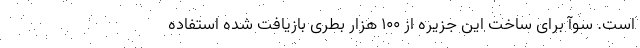
است. سوآ برای ساخت این جزیره از ۱۰۰ هزار بطری بازیافت شده استفاده